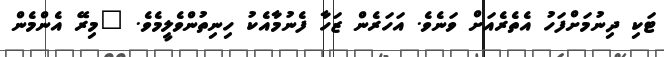
ޓަކި ދިނުމަށްފަހު އެތެރެއަށް ވަނެވެ. އަހަރެން ޒަހާ ފެނުމާއެކު ހިނިތުންވެލީމެވެ. "މިރޭ އެންމެން